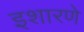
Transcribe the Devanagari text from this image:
इशारणे